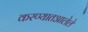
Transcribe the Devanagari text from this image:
करण्यातआलेले